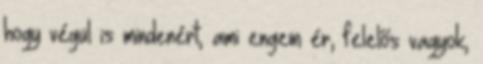
hogy végül is mindenért, ami engem ér, felelős vagyok,